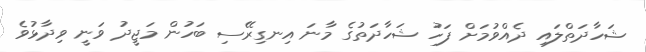
ޝަހާދަތްލައި ދެއްވުމަށް ފަހު ޝަހާދަތުގެ މާނަ އިނގިރޭސި ބަހުން މަޖީދު ވަނީ ވިދާޅުވެ